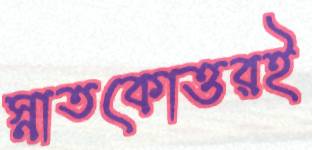
স্নাতকোত্তরই